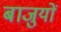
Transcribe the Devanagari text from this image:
बाजुयों